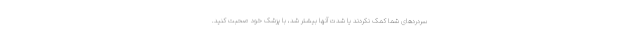
سردردهای شما کمک نکردند یا شدت آنها بیشتر شد، با پزشک خود صحبت کنید.